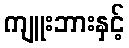
ကျူးဘားနှင့်